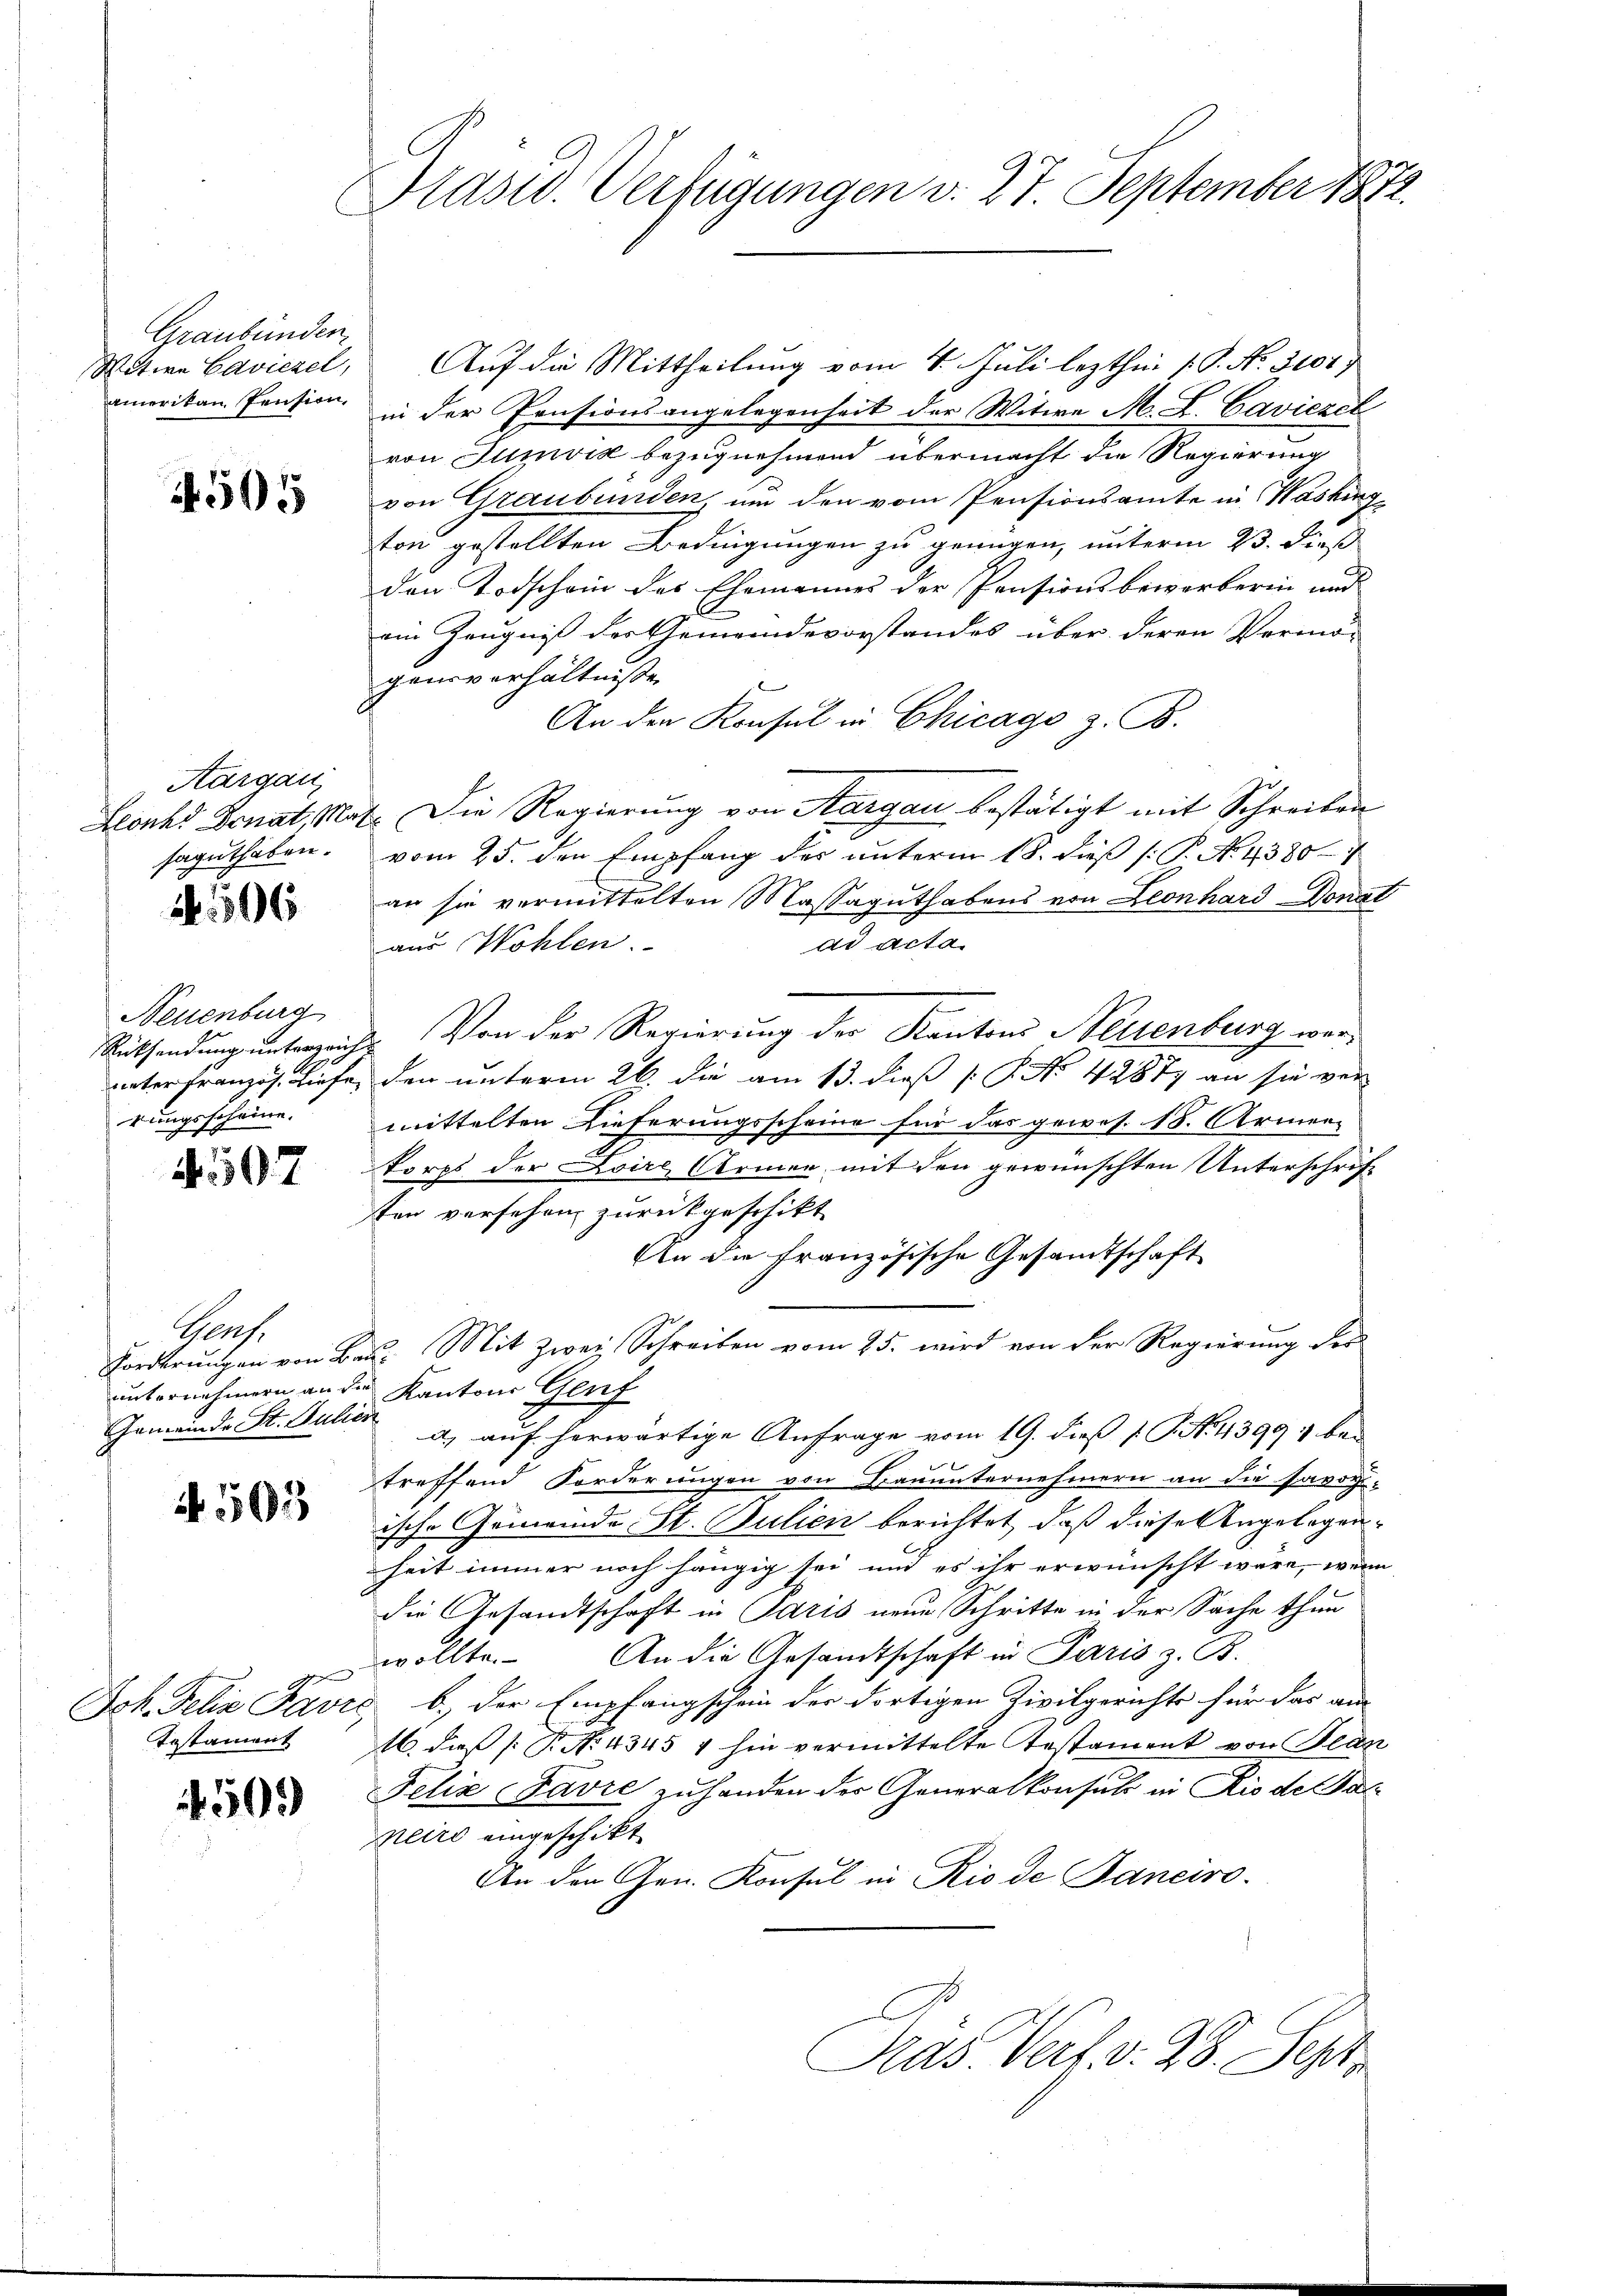
Graubünden.
Witwe Caviezel,
amerikan. Pension

4505

Aargau
saguthaben.

A 1506

Neuenburg
Rücksendung unterzeich
rungsscheine.

4507

Gers.
Gemeinde St. Julien

N 503

Testament

500

Präsid. Verfügungen d. 27. September 1872.

Auf die Mittheilung vom 4. Juli lezthin 1 S. No. 3101/
in der Pensionsangelegenheit der Witwe M. L. Caviezel
von Tumvić bezugnehmend übermacht die Regierung
von Graubünden, um den vom Pensionsamte in Washing
ton gestellten Bedingungen zu genügen, unterm 23. dieß
den Todschein des Ehemannes der Pensionsbewerberin und
ein Zeugniß des Gemeindevorstandes über deren Vermö-
gensverhältniße
An den Konsul in Chicago z. B.
Llonks Senat, Nat. Die Regierung von Aargau bestätigt mit Schreiben
vom 25. den Empfang der unterm 18. dieß P. N. 1380
an sie vermittelten Massaguthabens von Leonhard-Donat
ad Acta.
aus Wohlen.
2. Von der Regierung der Kantons Neuenburg werunter Französ. Tiefe, den unterm 26. di am 13. dieß P. No. 42877 an sie ver
mittelten Lieferungsscheine für das gewes. 18. Armen-
x
korps der Loire Armen mit den gewünschten Unterschrift
sten versehen zurückgeschikt
An die französische Gesandtschaft
Forderungen von Bau. Mit Zwei Schreiben vom 25. wird von der Regierung der
unternehmern an der Kantons Genf
a) auf herwärtige Anfrage vom 19. dieß P. J. N. 1399, betreffend Forderungen von Bauunternehmern an die savog-
ische Gemeinde St. Julien berichtet, daß diese Angelegenheit immer noch hängig sei und es ihr erwünscht wäre, wenn
die Gesandtschaft in Paris neue Schritte in der Sache thun
wollte. An die Gesandtschaft in Paris z. B.
Joh. Felix Pavić, b.) der Empfangschein der dortigen Zivilgerichte für das an
16. dieß P. No. 4345 1 hin vermittelte Testament von Bean
Felix Favre zu handen der Generalkonsul in Rio de Sac
neiro eingeschikt
An den Gen. Konsul in Rio de Janeiro
Ras. Verf. v. 28. Sept